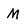
Character: M